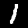
Label: 1